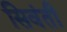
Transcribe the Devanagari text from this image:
सिवंती